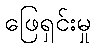
ဖြေရှင်းမှု